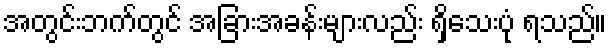
အတွင်းဘက်တွင် အခြားအခန်းများလည်း ရှိသေးပုံ ရသည်။